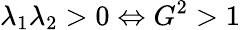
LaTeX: \lambda_{1}\lambda_{2}>0\Leftrightarrow G^{2}>1